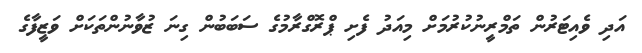
އަދި ވެއިޓަރުން ތަމްރީނުކުރުމަށް މިއަދު ފެށި ޕްރޮގްރާމުގެ ސަބަބުން ގިނަ ޒުވާނުންތަކަށް ވަޒީފާގެ